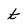
Character: t